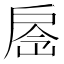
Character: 𢩐